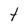
Character: t